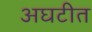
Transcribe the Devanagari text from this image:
अघटीत